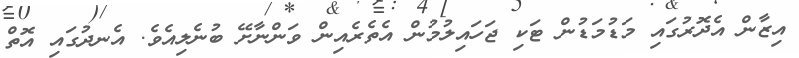
އިޒާން އެދޮރުގައި މަޑުމަޑުން ޓަކި ޖަހައިލުމުން އެތެރެއިން ވަންނާށޭ ބުނެލިއެވެ. އެނދުގައި އޮތް